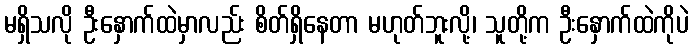
မရှိသလို ဦးနှောက်ထဲမှာလည်း စိတ်ရှိနေတာ မဟုတ်ဘူးလို့၊ သူတို့က ဦးနှောက်ထဲကိုပဲ